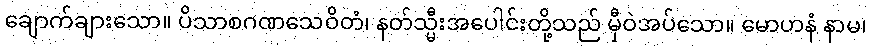
ချောက်ချားသော။ ပိသာစဂဏသေဝိတံ၊ နတ်သ္မီးအပေါင်းတို့သည် မှီဝဲအပ်သော။ မောဟနံ နာမ၊